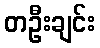
တဦးချင်း